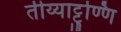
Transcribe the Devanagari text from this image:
तीय्याट्टुण्णि